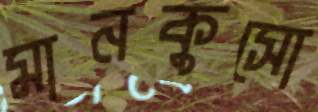
মানকুসো